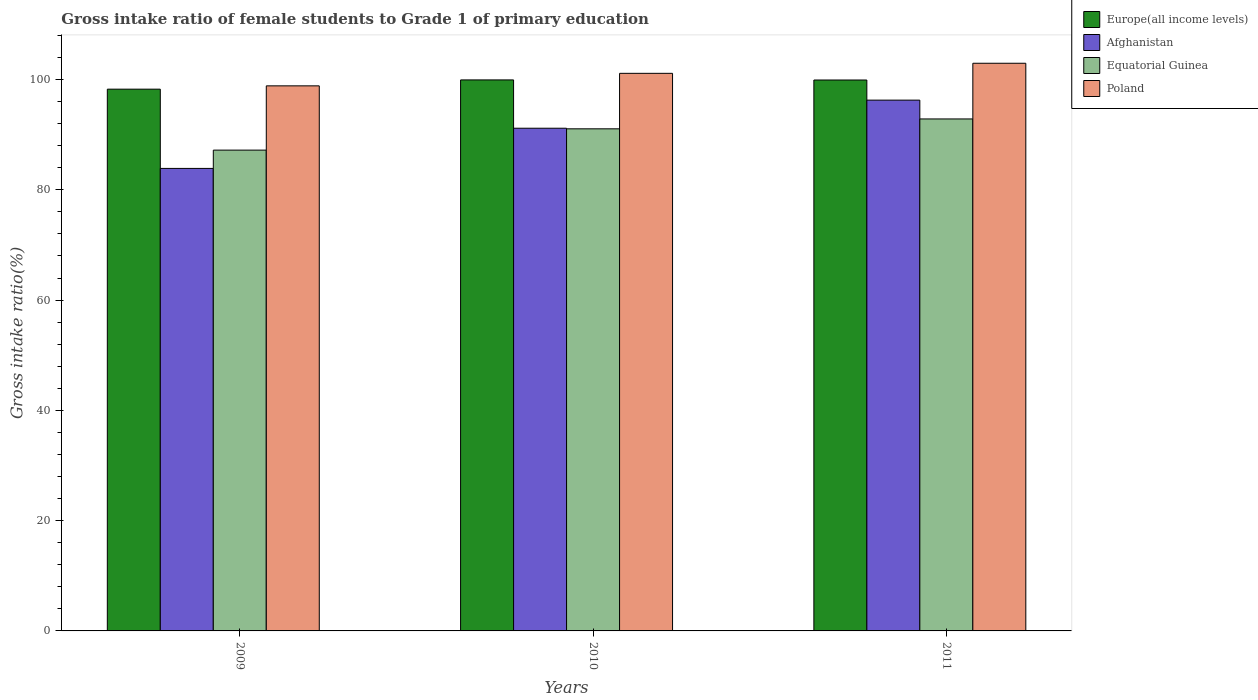
| Years | Europe(all income levels) | Afghanistan | Equatorial Guinea | Poland |
 | --- | --- | --- | --- | --- |
 | 2009 | 98.3 | 83.9 | 87.2 | 98.9 |
 | 2010 | 99.9 | 91.2 | 91.1 | 101 |
 | 2011 | 99.9 | 96.3 | 92.9 | 103 |